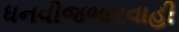
ધનવીજભારવાહી